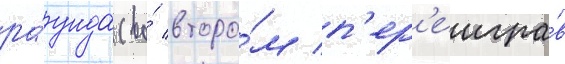
ра́унда (во́ второ́м п'ер'еигра́в